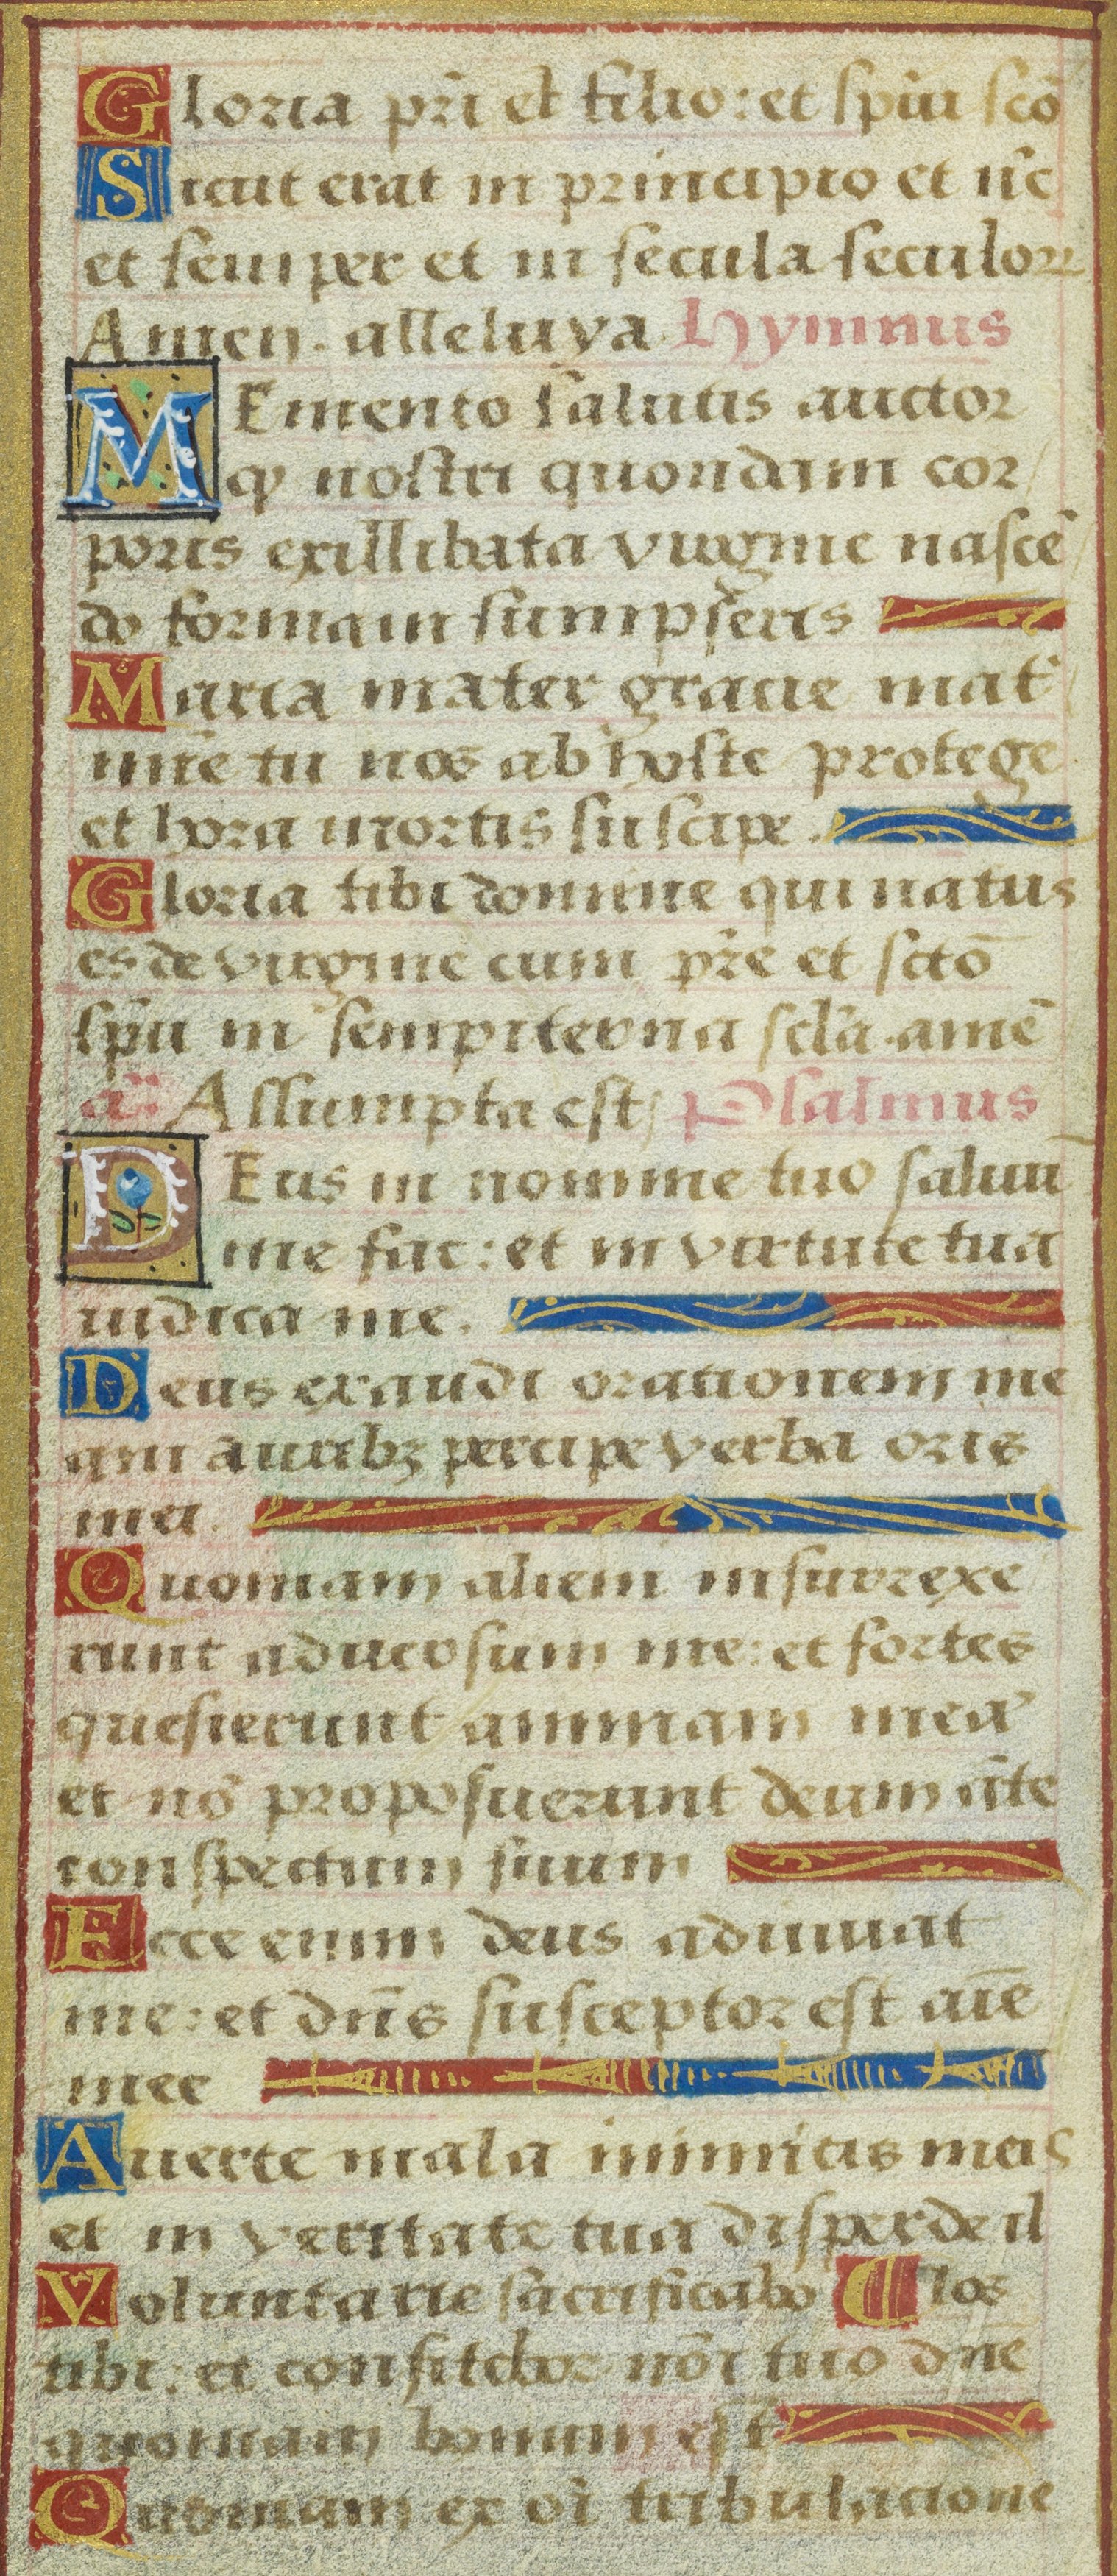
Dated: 1525–1549